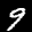
Label: 9